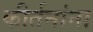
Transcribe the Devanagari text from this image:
कीर्तनांना